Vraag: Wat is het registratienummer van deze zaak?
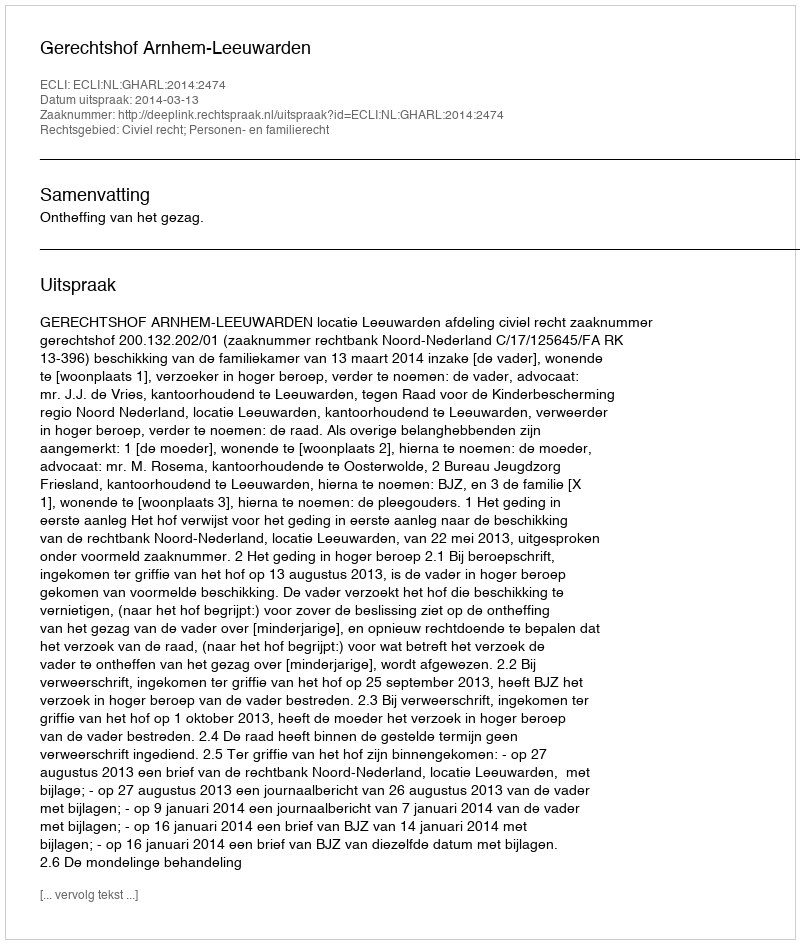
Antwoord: http://deeplink.rechtspraak.nl/uitspraak?id=ECLI:NL:GHARL:2014:2474